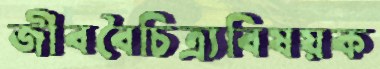
জীববৈচিত্র্যবিষয়ক